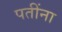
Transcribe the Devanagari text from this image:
पतींना